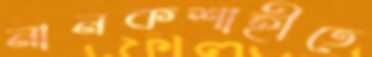
নানকশাহীতে